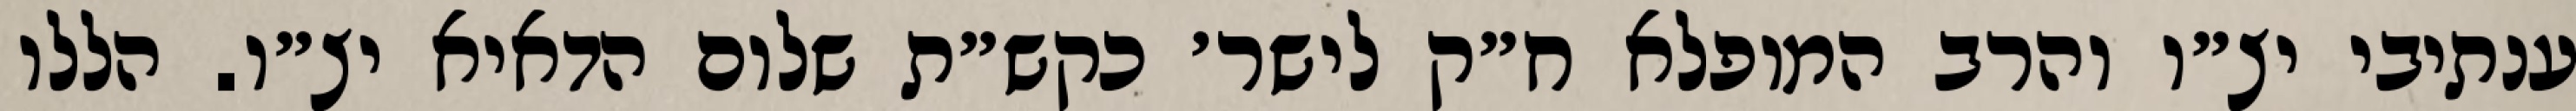
ענתיבי יצ״ו והרב המופלא ח״ק לישר׳ כקש״ת שלום הדאיא יצ״ו. הללו